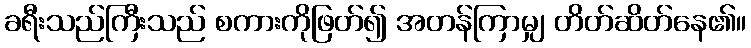
ခရီးသည်ကြီးသည် စကားကိုဖြတ်၍ အတန်ကြာမျှ တိတ်ဆိတ်နေ၏။